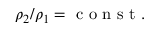
\rho _ { 2 } / \rho _ { 1 } = \mathrm { ~ c ~ o ~ n ~ s ~ t ~ } .